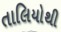
તાલિયોથી